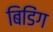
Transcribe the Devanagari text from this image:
बिडिंग